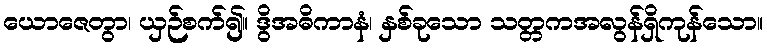
ယောဇေတွာ၊ ယှဉ်စက်၍။ ဒွိအဓိကာနံ၊ နှစ်ခုသော သတ္တကအလွန်ရှိကုန်သော။